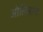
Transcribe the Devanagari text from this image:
ओलिआना